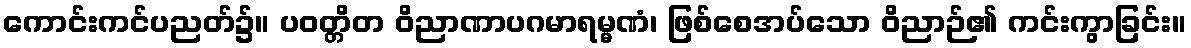
ကောင်းကင်ပညတ်၌။ ပဝတ္တိတ ဝိညာဏာပဂမာရမ္မဏံ၊ ဖြစ်စေအပ်သော ဝိညာဉ်၏ ကင်းကွာခြင်း။